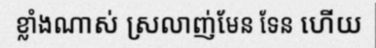
ខ្លាំងណាស់ ស្រលាញ់មែន ទែន ហើយ